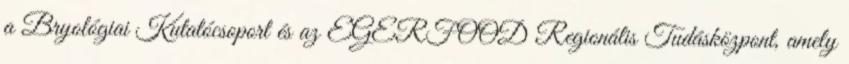
a Bryológiai Kutatócsoport és az EGERFOOD Regionális Tudásközpont, amely